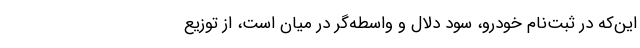
این‌که در ثبت‌نام خودرو، سود دلال و واسطه‌گر در میان است، از توزیع